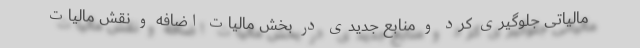
مالیاتی جلوگیری کرد و منابع جدیدی در بخش مالیات اضافه و نقش مالیات